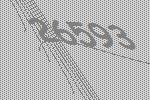
26593